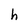
Character: h